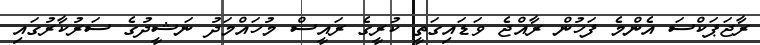
ރާޖަޕަކްސަ އެންމެ ފަހުން ރާއްޖެ ވަޑައިގަތީ ކުރީގެ ރައީސް މުހައްމަދު ނަޝީދުގެ ސަރުކާރުގައި